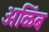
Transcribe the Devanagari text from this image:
अळिंब